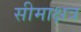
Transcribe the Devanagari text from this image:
सीमाक्षत्र